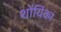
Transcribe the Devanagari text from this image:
शोंयिंका